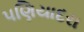
પણિયાદરા